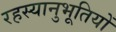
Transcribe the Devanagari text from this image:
रहस्यानुभूतियों